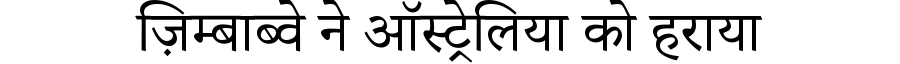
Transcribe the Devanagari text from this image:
ज़िम्बाब्वे ने ऑस्ट्रेलिया को हराया